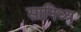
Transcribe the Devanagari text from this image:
सानिध्‍य